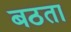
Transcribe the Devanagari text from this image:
बठता